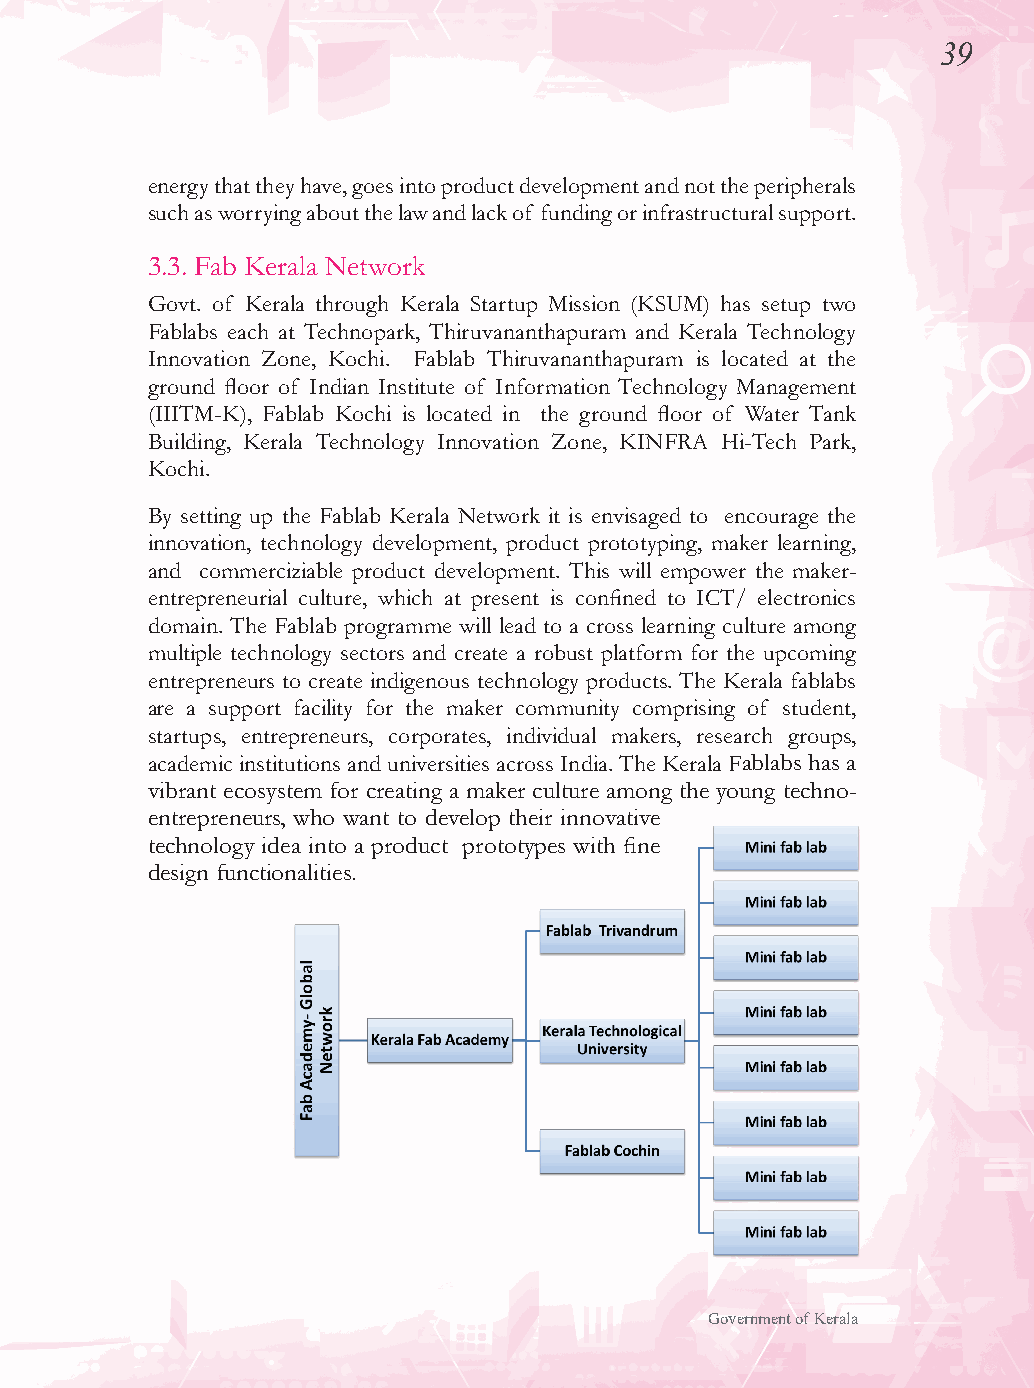
39
 energy that they have, goes into product development and not the peripherals
 such as worrying about the law and lack of funding or infrastructural support.
 3.3. Fab Kerala Network
 Govt. of Kerala through Kerala Startup Mission (KSUM) has setup two
 Fablabs each at Technopark, Thiruvananthapuram and Kerala Technology
 Innovation Zone, Kochi. Fablab Thiruvananthapuram is located at the
 ground floor of Indian Institute of Information Technology Management
 (IIITM-K), Fablab Kochi is located in the ground floor of Water Tank
 Building, Kerala Technology Innovation Zone, KINFRA Hi-Tech Park,
 Kochi.
 By setting up the Fablab Kerala Network it is envisaged to encourage the
 innovation, technology development, product prototyping, maker learning,
 and commerciziable product development. This will empower the maker-
 entrepreneurial culture, which at present is confined to ICT/ electronics
 domain. The Fablab programme will lead to a cross learning culture among
 multiple technology sectors and create a robust platform for the upcoming
 entrepreneurs to create indigenous technology products. The Kerala fablabs
 are a support facility for the maker community comprising of student,
 startups, entrepreneurs, corporates, individual makers, research groups,
 academic institutions and universities across India. The Kerala Fablabs has a
 vibrant ecosystem for creating a maker culture among the young techno-
 entrepreneurs, who want to develop their innovative
 technology idea into a product prototypes with fine
 design functionalities.
 Government of Kerala